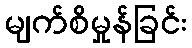
မျက်စိမှုန်ခြင်း